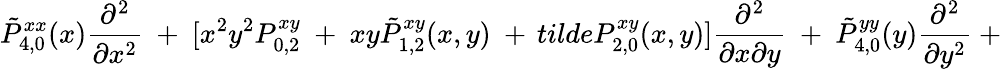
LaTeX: \tilde{P}_{4,0}^{xx}(x){\frac{\partial^{2}}{\partial x^{2}}}\ +\ [x^{2}y^{2}P_{0,2}^{xy}\ +\ xy\tilde{P}_{1,2}^{xy}(x,y)\ +\, tilde{P}_{2,0}^{xy}(x,y)]{\frac{\partial^{2}}{\partial x\partial y}}\ +\ \tilde{P}_{4,0}^{yy}(y){\frac{\partial^{2}}{\partial y^{2}}}\ +